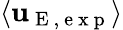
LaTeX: \langle\mathbf{u}_{\mathrm{{~E~,~e~x~p~}}}\rangle